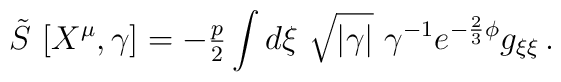
\tilde{S}\ [X^{\mu},\gamma] = -{\textstyle\frac{p}{2}} \int d\xi\ \sqrt{|\gamma|}\ \gamma^{-1}e^{-\frac{2}{3}\phi} g_{\xi\xi}\, .